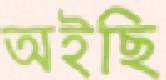
অইছি